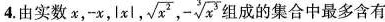
4. 由实数 x，-x，|x|， \sqrt{x^{2}}，- \sqrt[3]{x^{3}}